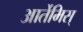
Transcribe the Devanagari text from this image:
आर्तेमिस्‌